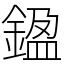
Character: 𨩙